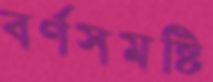
বর্ণসমষ্টি